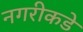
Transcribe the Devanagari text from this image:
नगरीकडे